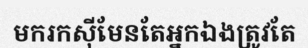
មករកស៊ីមែនតែអ្នកឯងត្រូវតែ